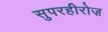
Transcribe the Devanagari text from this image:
सुपरहीरोज़